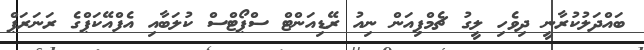
ބައްދަލުކުރާނީ ދިވެހި ލީގު ޗެމްޕިއަން ނިއު ރޭޑިއަންޓް ސްޕޯޓްސް ކުލަބާއި އެފްއޭކަޕްގެ ރަނަރަޕް